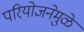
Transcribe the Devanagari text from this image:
परियोजनेमुळे